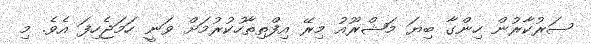
ސަރުކާރުން ހިންގާ ބިޔަ މަޝްރޫއު މިރޭ އިފްތިތާހުކުރުމަށް ވަނީ ހަމަޖެހިފަ އެވެ. މި